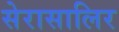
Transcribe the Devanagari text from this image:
सेरासालिर